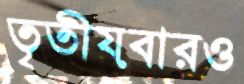
তৃতীয়বারও